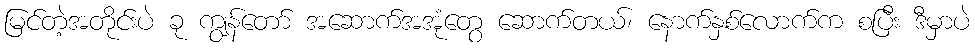
မြင်တဲ့အတိုင်းပဲ ခု ကျွန်တော် အဆောက်အအုံတွေ ဆောက်တယ်၊ နောက်နှစ်လောက်က စပြီး ဒီမှာပဲ